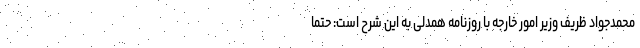
محمدجواد ظریف وزیر امور خارجه با روزنامه همدلی به این شرح است: حتما